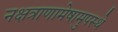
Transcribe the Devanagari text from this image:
नक्षत्राणामेषामुपस्थे